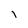
Character: i